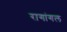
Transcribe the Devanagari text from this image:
रागांगल